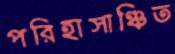
পরিহাসাঞ্চিত